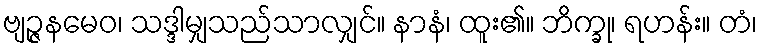
ဗျဉ္ဇနမေဝ၊ သဒ္ဒါမျှသည်သာလျှင်။ နာနံ၊ ထူး၏။ ဘိက္ခု၊ ရဟန်း။ တံ၊